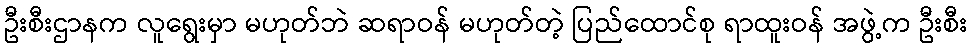
ဦးစီးဌာနက လူရွေးမှာ မဟုတ်ဘဲ ဆရာဝန် မဟုတ်တဲ့ ပြည်ထောင်စု ရာထူးဝန် အဖွဲ့က ဦးစီး